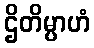
ဌိတိမ္ပာဟံ